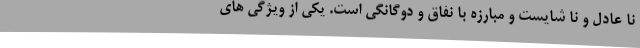
نا عادل و نا شایست و مبارزه با نفاق و دوگانگی است. یکی از ویژگی های